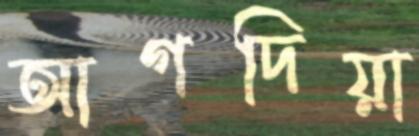
আগদিয়া